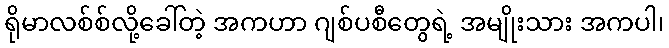
ရိုမာလစ်စ်လို့ခေါ်တဲ့ အကဟာ ဂျစ်ပစီတွေရဲ့ အမျိုးသား အကပါ၊